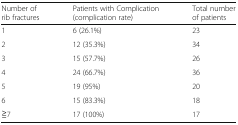
<table><thead><tr><td><b>Number of rib fractures</b></td><td><b>Patients with Complication (complication rate)</b></td><td><b>Total number of patients</b></td></tr></thead><tbody><tr><td>1</td><td>6 (26.1%)</td><td>23</td></tr><tr><td>2</td><td>12 (35.3%)</td><td>34</td></tr><tr><td>3</td><td>15 (57.7%)</td><td>26</td></tr><tr><td>4</td><td>24 (66.7%)</td><td>36</td></tr><tr><td>5</td><td>19 (95%)</td><td>20</td></tr><tr><td>6</td><td>15 (83.3%)</td><td>18</td></tr><tr><td>≧7</td><td>17 (100%)</td><td>17</td></tr></tbody></table>